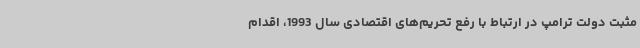
مثبت دولت ترامپ در ارتباط با رفع تحریم‌های اقتصادی سال 1993، اقدام